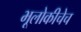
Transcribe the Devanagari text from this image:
भूलोकीचेच